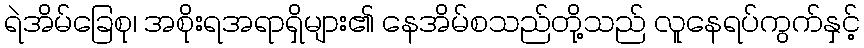
ရဲအိမ်ခြေစု၊ အစိုးရအရာရှိများ၏ နေအိမ်စသည်တို့သည် လူနေရပ်ကွက်နှင့်